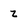
Character: z